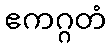
ဧကဂ္ဂတံ